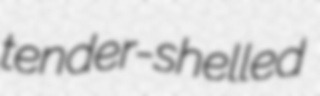
tender-shelled